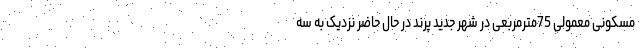
مسکونی معمولی 75مترمربعی در شهر جدید پرند در حال حاضر نزدیک به سه